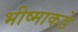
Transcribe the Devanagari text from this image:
भीष्माकडे